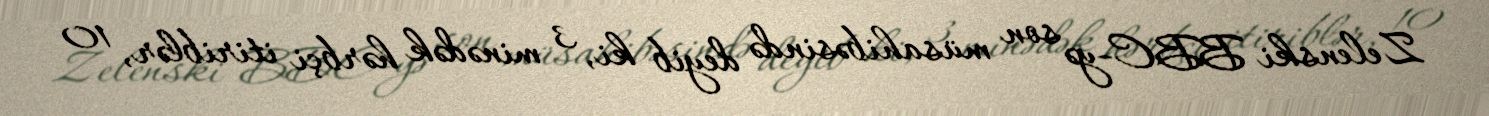
Zelenski BBC-yə son müsahibəsində deyib ki, 3 minədək hərbçi itiriblər, 10